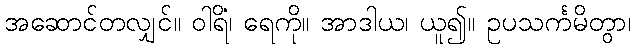
အဆောင်တလျှင်။ ဝါရိံ၊ ရေကို။ အာဒါယ၊ ယူ၍။ ဥပသင်္ကမိတွာ၊